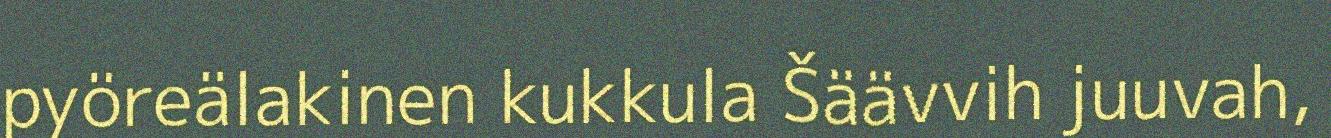
pyöreälakinen kukkula Šäävvih juuvah,